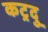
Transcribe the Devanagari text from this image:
कट्रदु